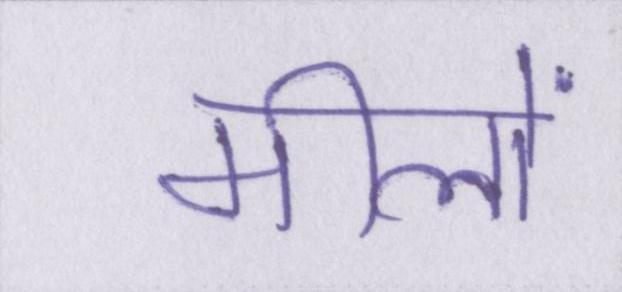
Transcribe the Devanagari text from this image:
मीलों